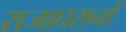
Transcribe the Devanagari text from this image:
राजाघरानों